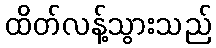
ထိတ်လန့်သွားသည်